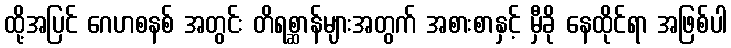
ထို့အပြင် ဂေဟစနစ် အတွင်း တိရစ္ဆာန်များအတွက် အစားစာနှင့် မှီခို နေထိုင်ရာ အဖြစ်ပါ